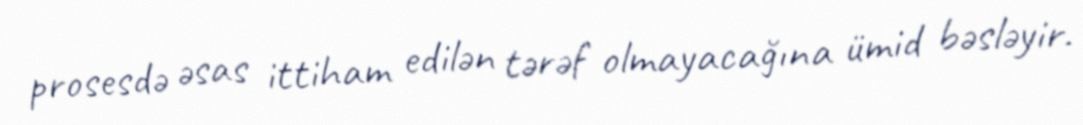
prosesdə əsas ittiham edilən tərəf olmayacağına ümid bəsləyir.